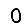
Digit: 0